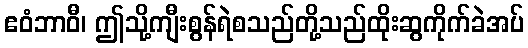
ဧဝံဘာဝီ၊ ဤသို့ကျီးစွန်ရဲစသည်တို့သည်ထိုးဆွကိုက်ခဲအပ်